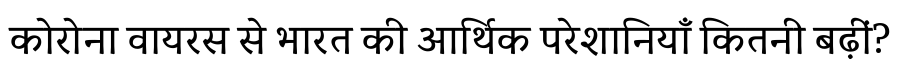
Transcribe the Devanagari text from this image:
कोरोना वायरस से भारत की आर्थिक परेशानियाँ कितनी बढ़ीं?